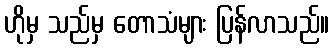
ဟိုမှ သည်မှ တောသံများ ပြန်လာသည်။